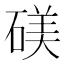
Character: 𬒙